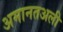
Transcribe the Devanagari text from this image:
अमानतअली